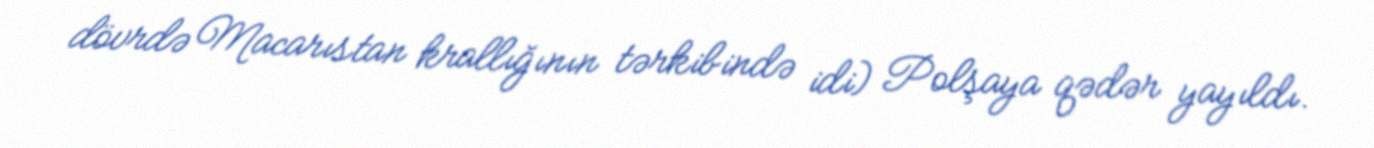
dövrdə Macarıstan krallığının tərkibində idi) Polşaya qədər yayıldı.